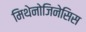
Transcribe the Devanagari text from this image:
मिथेनोजिनेसिस